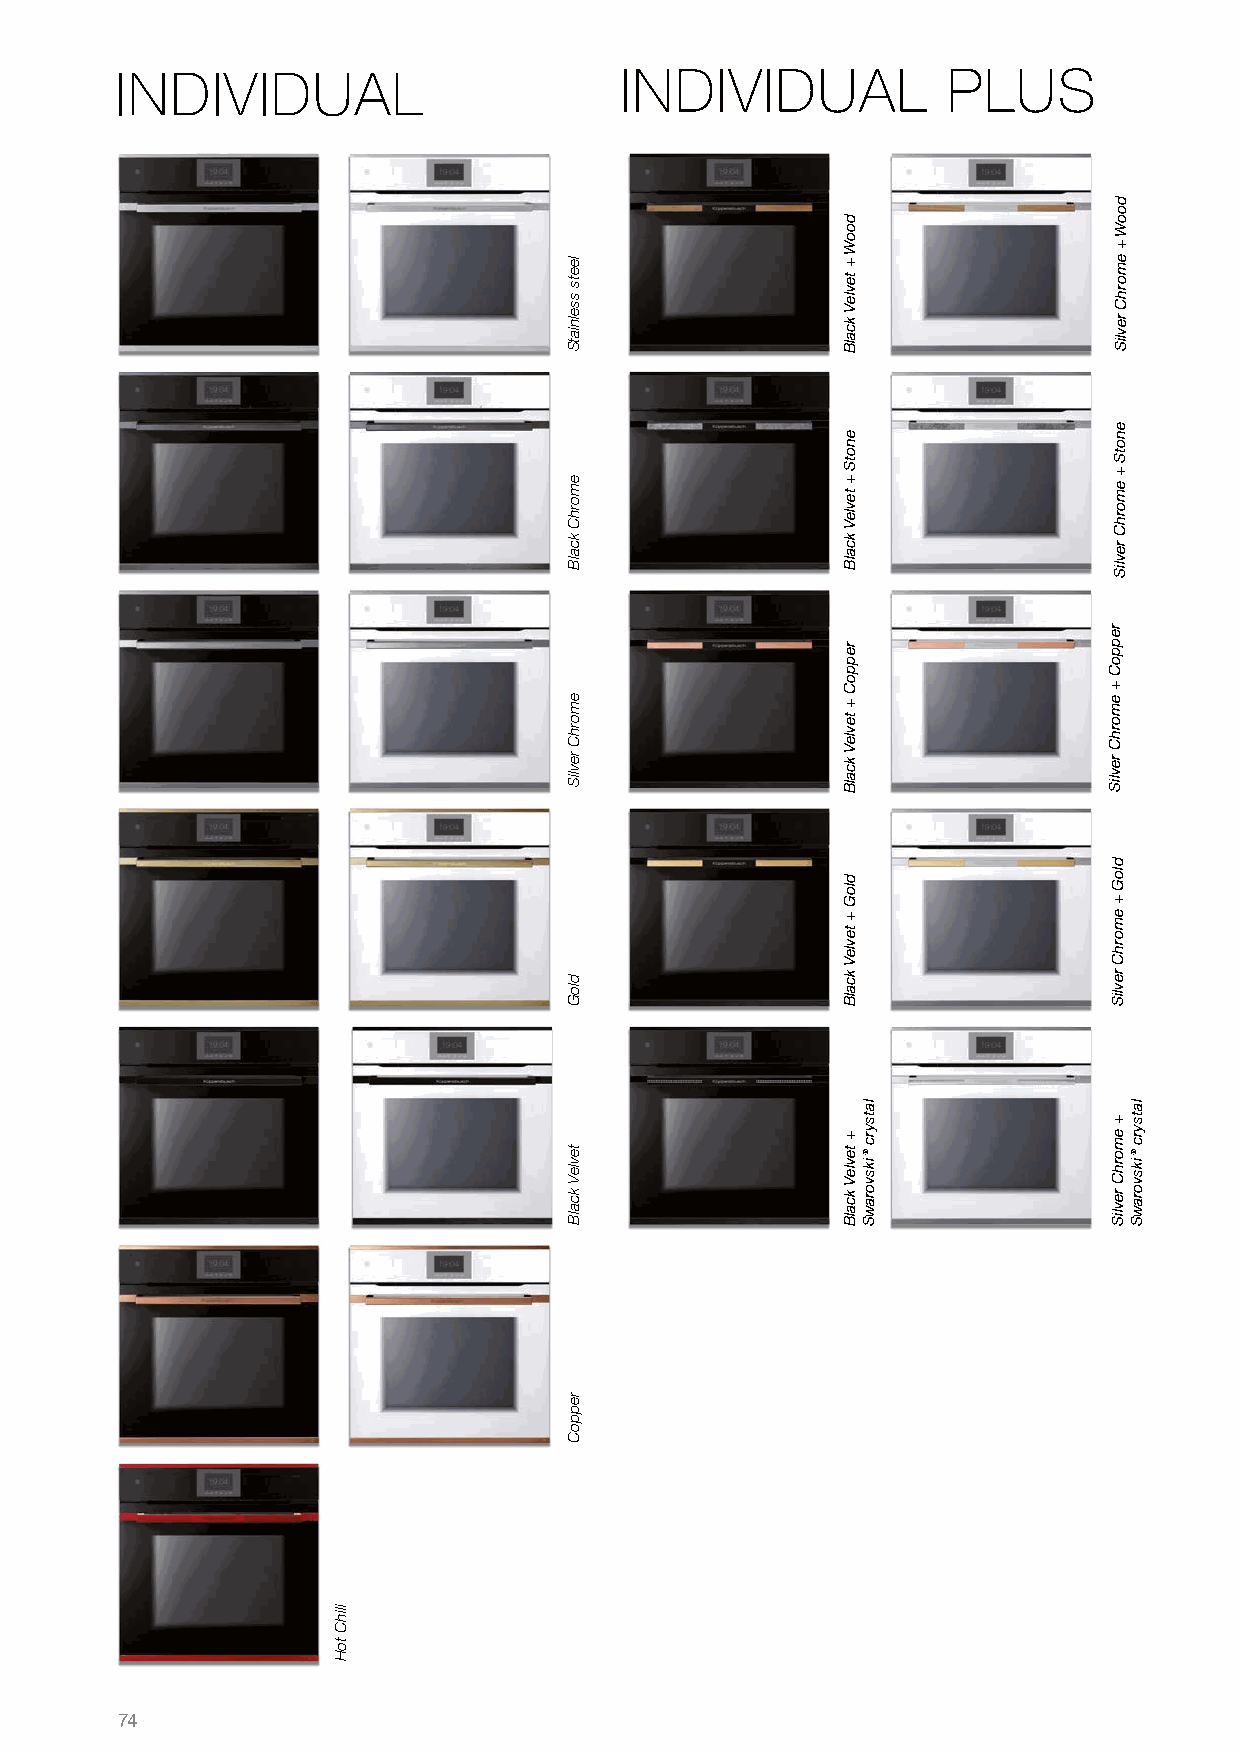
INDIVIDUAL                       INDIVIDUAL            PLUS
 74
 ilihC
 toH
 leets
 sselniatS
 emorhC
 kcalB
 emorhC
 revliS
 dloG
 tevleV
 kcalB
 reppoC
 dooW
 +
 tevleV
 kcalB
 enotS
 +
 tevleV
 kcalB
 reppoC
 +
 tevleV
 kcalB
 dloG
 +
 tevleV
 kcalB
 +
 tevleV
 kcalB
 latsyrc®iksvorawS
 dooW
 +
 emorhC
 revliS
 .cc
 enotS
 +
 emorhC
 revliS
 reppoC
 +
 emorhC
 revliS
 dloG
 +
 emorhC
 revliS
 +
 emorhC
 revliS
 latsyrc®iksvorawS
 .on